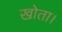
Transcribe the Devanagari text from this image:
खोता।